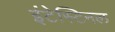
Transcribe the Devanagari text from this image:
इंटेस्टिनल